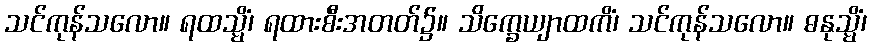
သင်ကုန်သလော။ ရထသ္မိံ၊ ရထားစီးအတတ်၌။ သိက္ခေယျာထကိံ၊ သင်ကုန်သလော။ ဓနုသ္မိံ၊